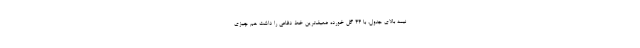
نیمه بالای جدول، با ۴۴ گل خورده ضعیف‌ترین خط دفاعی را داشت هم چیزی